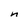
Character: n